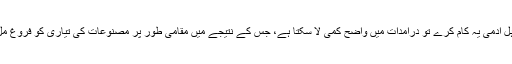
اگر کوئی اہل آدمی یہ کام کرے تو درآمدات میں واضح کمی لا سکتا ہے، جس کے نتیجے میں مقامی طور پر مصنوعات کی تیاری کو فروغ مل سکتا ہے۔